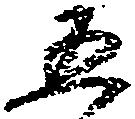
五